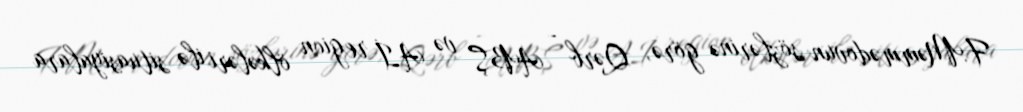
F.Məmmədovun sözlərinə görə, Qərb - ABŞ və Aİ region ölkələri ilə situasiyalara